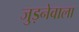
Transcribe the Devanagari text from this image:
जुड़नेवाला